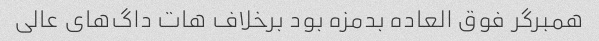
همبرگر فوق العاده بدمزه بود برخلاف هات داگ‌های عالی